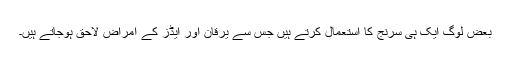
بعض لوگ ایک ہی سرنج کا استعمال کرتے ہیں جس سے یرقان اور ایڈز کے امراض لاحق ہوجاتے ہیں۔